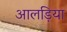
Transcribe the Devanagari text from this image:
आलड़िया